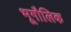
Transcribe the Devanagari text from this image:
भूगौलिक